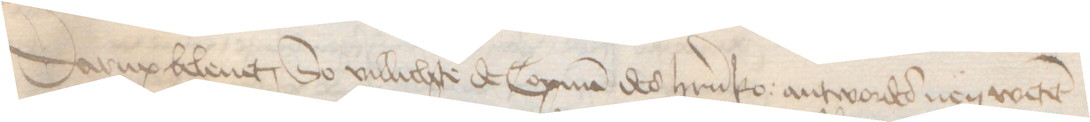
Darup beleuet, So villichte de Copman des herrn ko: antwordes nen wetet